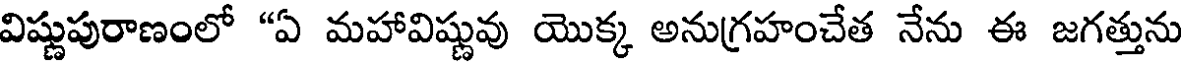
విష్ణుపురాణంలో "ఏ మహావిష్ణువు యొక్క అనుగ్రహంచేత నేను ఈ జగత్తును